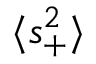
\ensuremath { \langle s _ { + } ^ { 2 } \rangle }